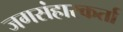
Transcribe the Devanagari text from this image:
जगसंहारकर्ता